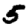
Digit: 5